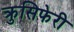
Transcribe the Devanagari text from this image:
क्रुसिफेरी